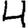
Digit: 4